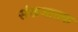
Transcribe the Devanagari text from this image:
संखजातक